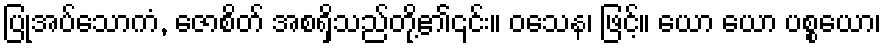
ပြုအပ်သောကံ, ဇောစိတ် အစရှိသည်တို့၏၎င်း။ ဝသေန၊ ဖြင့်။ ယော ယော ပစ္စယော၊